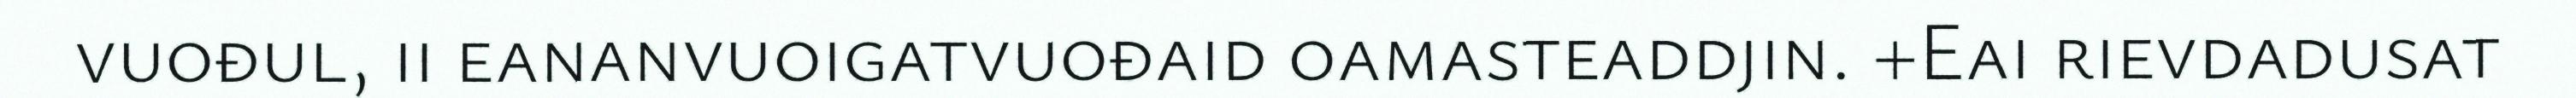
vuođul, ii eananvuoigatvuođaid oamasteaddjin. +Eai rievdadusat